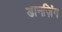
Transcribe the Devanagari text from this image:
डानज़िंग